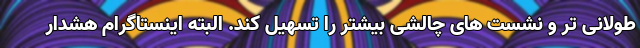
طولانی تر و نشست های چالشی بیشتر را تسهیل کند. البته اینستاگرام هشدار